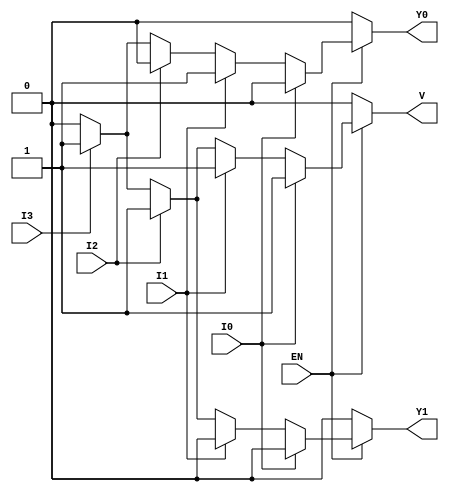
module priority_encoder_4to2 (
    input wire EN,   // Enable signal
    input wire I0,   // Input 0 (highest priority)
    input wire I1,   // Input 1
    input wire I2,   // Input 2
    input wire I3,   // Input 3 (lowest priority)
    output reg Y1,   // Output bit 1
    output reg Y0,   // Output bit 0
    output reg V     // Valid output indicator
);

always @(*) begin
    if (!EN) begin
        // When EN is low, set outputs to defined state
        Y1 = 0;
        Y0 = 0;
        V = 0;
    end else begin
        // Priority encoding logic
        if (I0) begin
            Y1 = 0;
            Y0 = 0;
            V = 1;
        end else if (I1) begin
            Y1 = 0;
            Y0 = 1;
            V = 1;
        end else if (I2) begin
            Y1 = 1;
            Y0 = 0;
            V = 1;
        end else if (I3) begin
            Y1 = 1;
            Y0 = 1;
            V = 1;
        end else begin
            // No inputs active
            Y1 = 0;
            Y0 = 0;
            V = 0;
        end
    end
end

endmodule